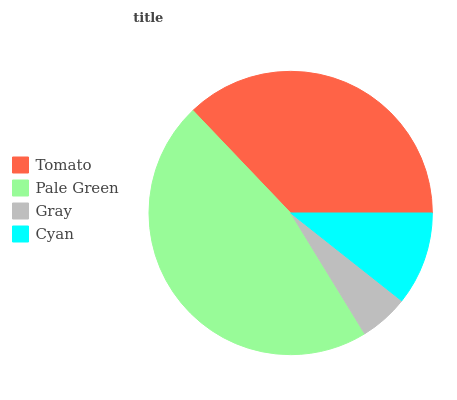
| Tomato | Pale Green | Gray | Cyan |
 | --- | --- | --- | --- |
 | 37.1% | 46.6% | 5.6% | 10.7% |